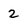
Character: 2